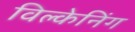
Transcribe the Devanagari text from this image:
विल्केनिंग